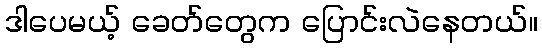
ဒါပေမယ့် ခေတ်တွေက ပြောင်းလဲနေတယ်။